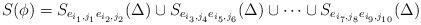
LaTeX: \begin{align*}S(\phi)=S_{e_{i_{1},j_{1}}e_{i_{2},j_{2}}}(\Delta)\cup S_{e_{i_{3},j_{4}}e_{i_{5},j_{6}}}(\Delta)\cup\dots\cup S_{e_{i_{7},j_{8}}e_{i_{9},j_{10}}}(\Delta)\end{align*}